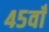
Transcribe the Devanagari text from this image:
४५वाँ